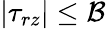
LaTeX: |\tau_{rz}|\leq\mathcal{B}